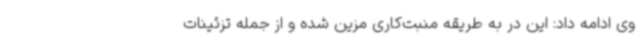
وی ادامه داد: این در به طریقه منبت‌کاری مزین شده و از جمله تزئینات